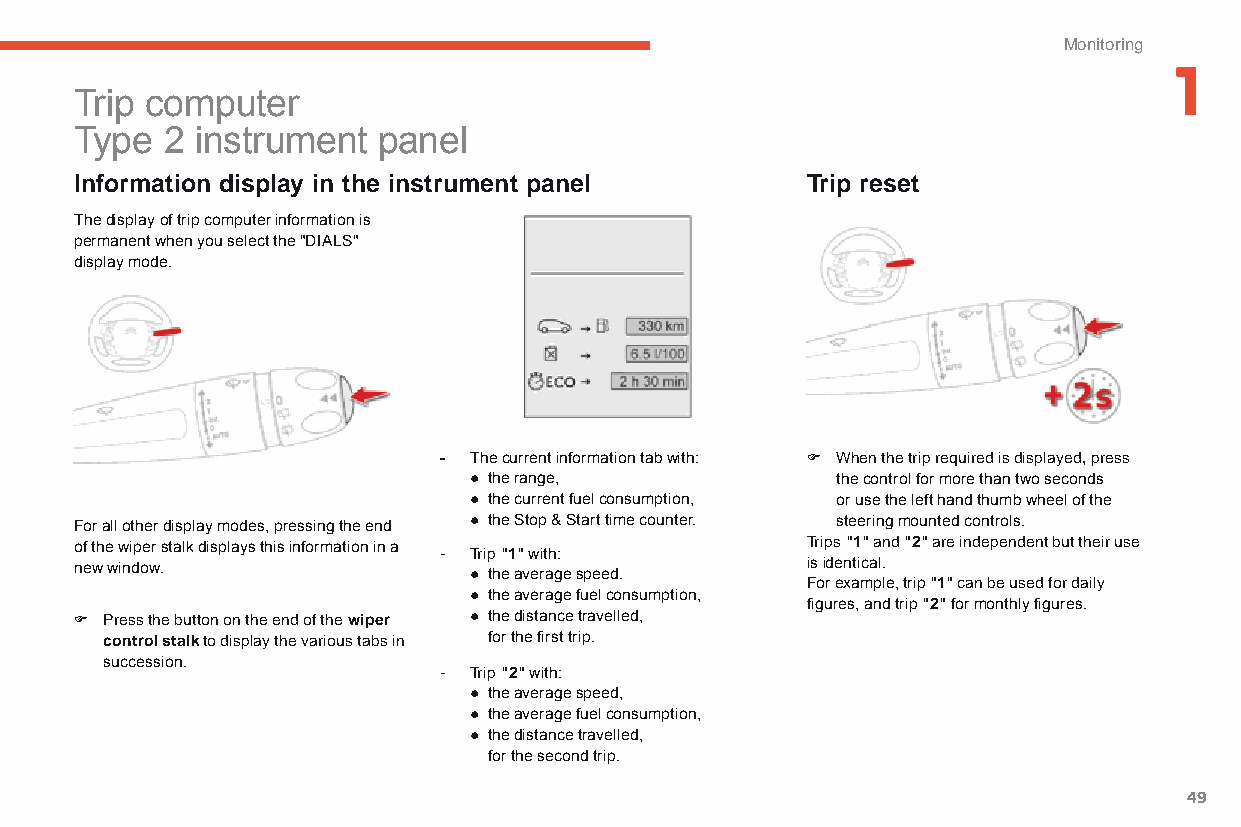
Monitoring
 1
 Trip computer
 Type  2 instrument  panel
 Information display in the instrument panel     Trip reset
 The display of trip computer information is
 permanent when you select the "DIALS"
 display mode.
 - The current information tab with: F When the trip required is displayed, press
 ● the range,            the control for more than two seconds
 ● the current fuel consumption, or use the left hand thumb wheel of the
 For all other display modes, pressing the end ● the Stop & Start time counter. steering mounted controls.
 of the wiper stalk displays this information in a Trips "1" and "2" are independent but their use
 - Trip "1" with:
 new window.                                     is identical.
 ● the average speed.
 For example, trip "1" can be used for daily
 ● the average fuel consumption,
 figures, and trip "2" for monthly figures.
 F Press the button on the end of the wiper ● the distance travelled,
 control stalk to display the various tabs in for the first trip.
 succession.
 - Trip "2" with:
 ● the average speed,
 ● the average fuel consumption,
 ● the distance travelled,
 for the second trip.
 49
 C4-Picasso-II_en_Chap01_controle-de-marche_ed01-2015